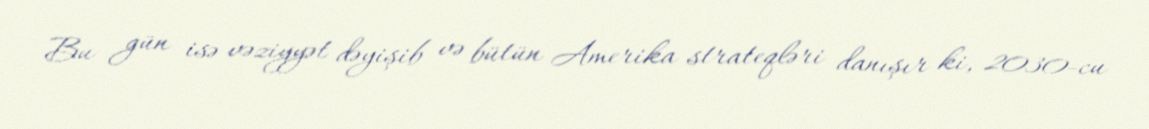
Bu gün isə vəziyyət dəyişib və bütün Amerika strateqləri danışır ki, 2030-cu